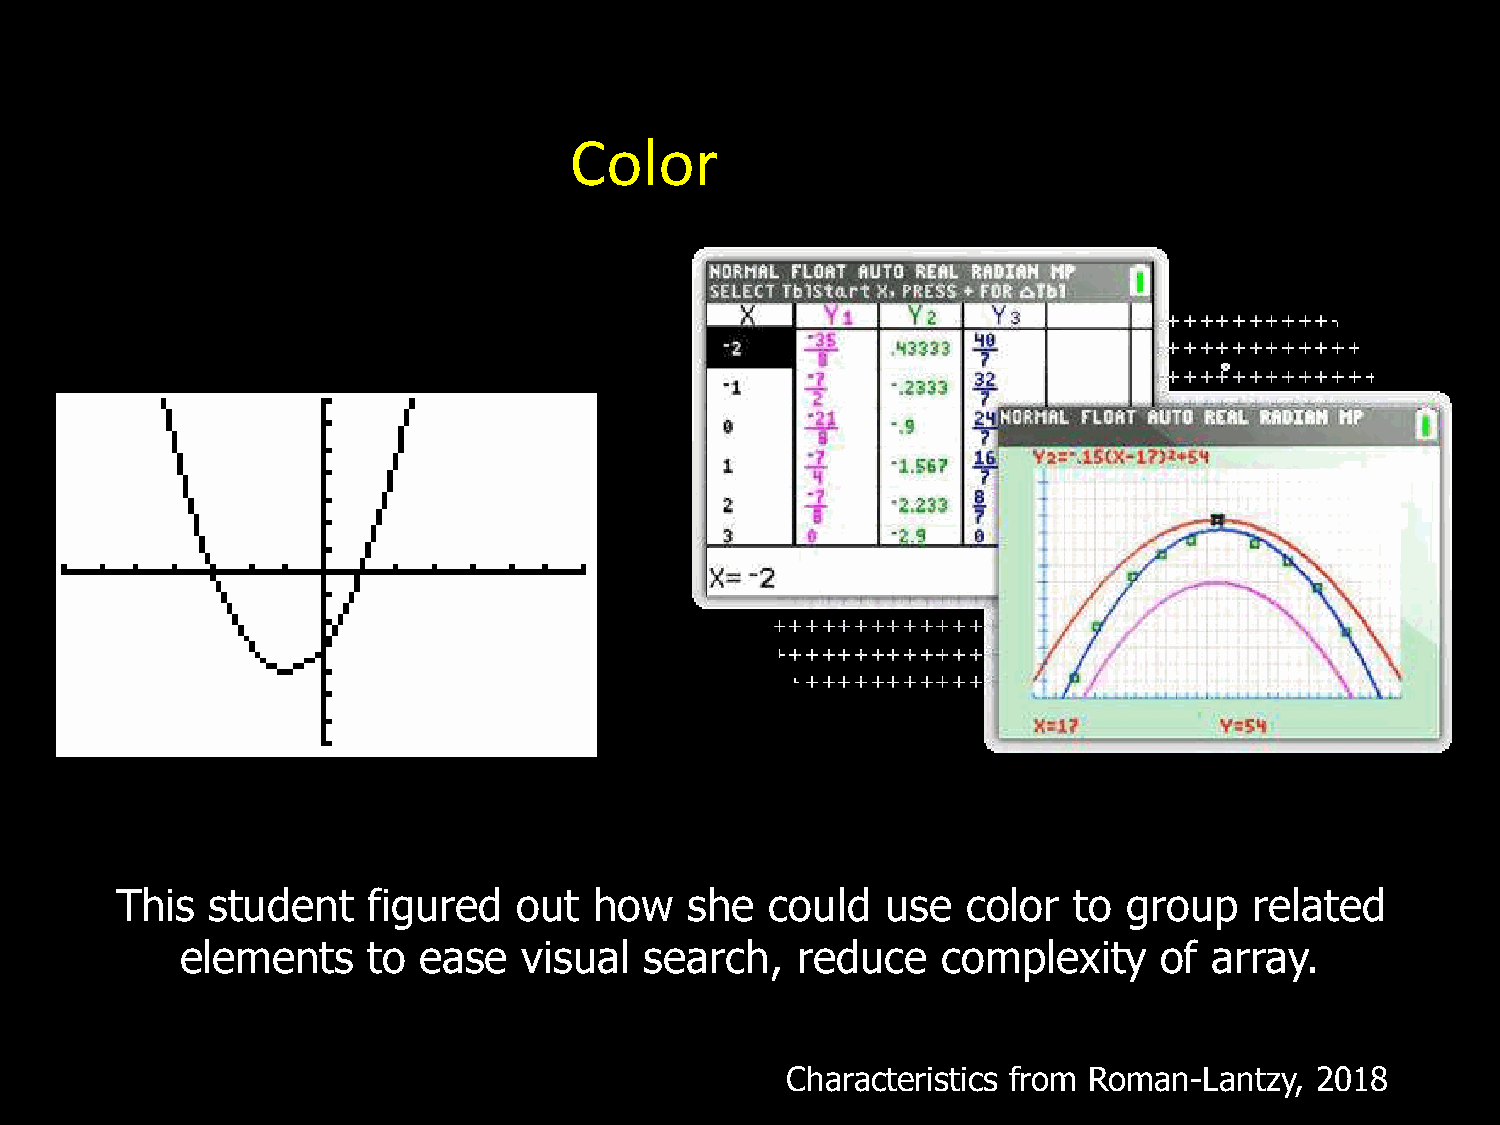
Color
 This  student   figured   out  how    she  could   use  color  to  group   related
 elements    to  ease   visual  search,   reduce   complexity     of array.
 Characteristics from Roman-Lantzy, 2018